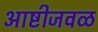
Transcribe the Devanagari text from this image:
आष्टीजवळ